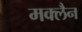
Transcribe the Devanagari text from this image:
मक्लैन